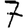
Digit: 7